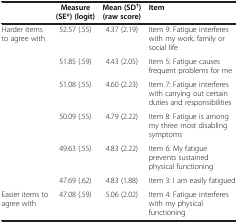
<table><thead><tr><td><b> </b></td><td><b>Measure (SE*) (logit)</b></td><td><b>Mean (SD<sup>†</sup>) (raw score)</b></td><td><b>Item</b></td></tr></thead><tbody><tr><td rowspan="6">Harder items to agree with</td><td>52.57 (.55)</td><td>4.37 (2.19)</td><td>Item 9: Fatigue interferes with my work, family or social life</td></tr><tr><td>51.85 (.59)</td><td>4.43 (2.05)</td><td>Item 5: Fatigue causes frequent problems for me</td></tr><tr><td>51.08 (.55)</td><td>4.60 (2.23)</td><td>Item 7: Fatigue interferes with carrying out certain duties and responsibilities</td></tr><tr><td>50.09 (.55)</td><td>4.79 (2.22)</td><td>Item 8: Fatigue is among my three most disabling symptoms</td></tr><tr><td>49.63 (.55)</td><td>4.83 (2.22)</td><td>Item 6: My fatigue prevents sustained physical functioning</td></tr><tr><td>47.69 (.62)</td><td>4.83 (1.88)</td><td>Item 3: I am easily fatigued</td></tr><tr><td>Easier items to agree with</td><td>47.08 (.59)</td><td>5.06 (2.02)</td><td>Item 4: Fatigue interferes with my physical functioning</td></tr></tbody></table>